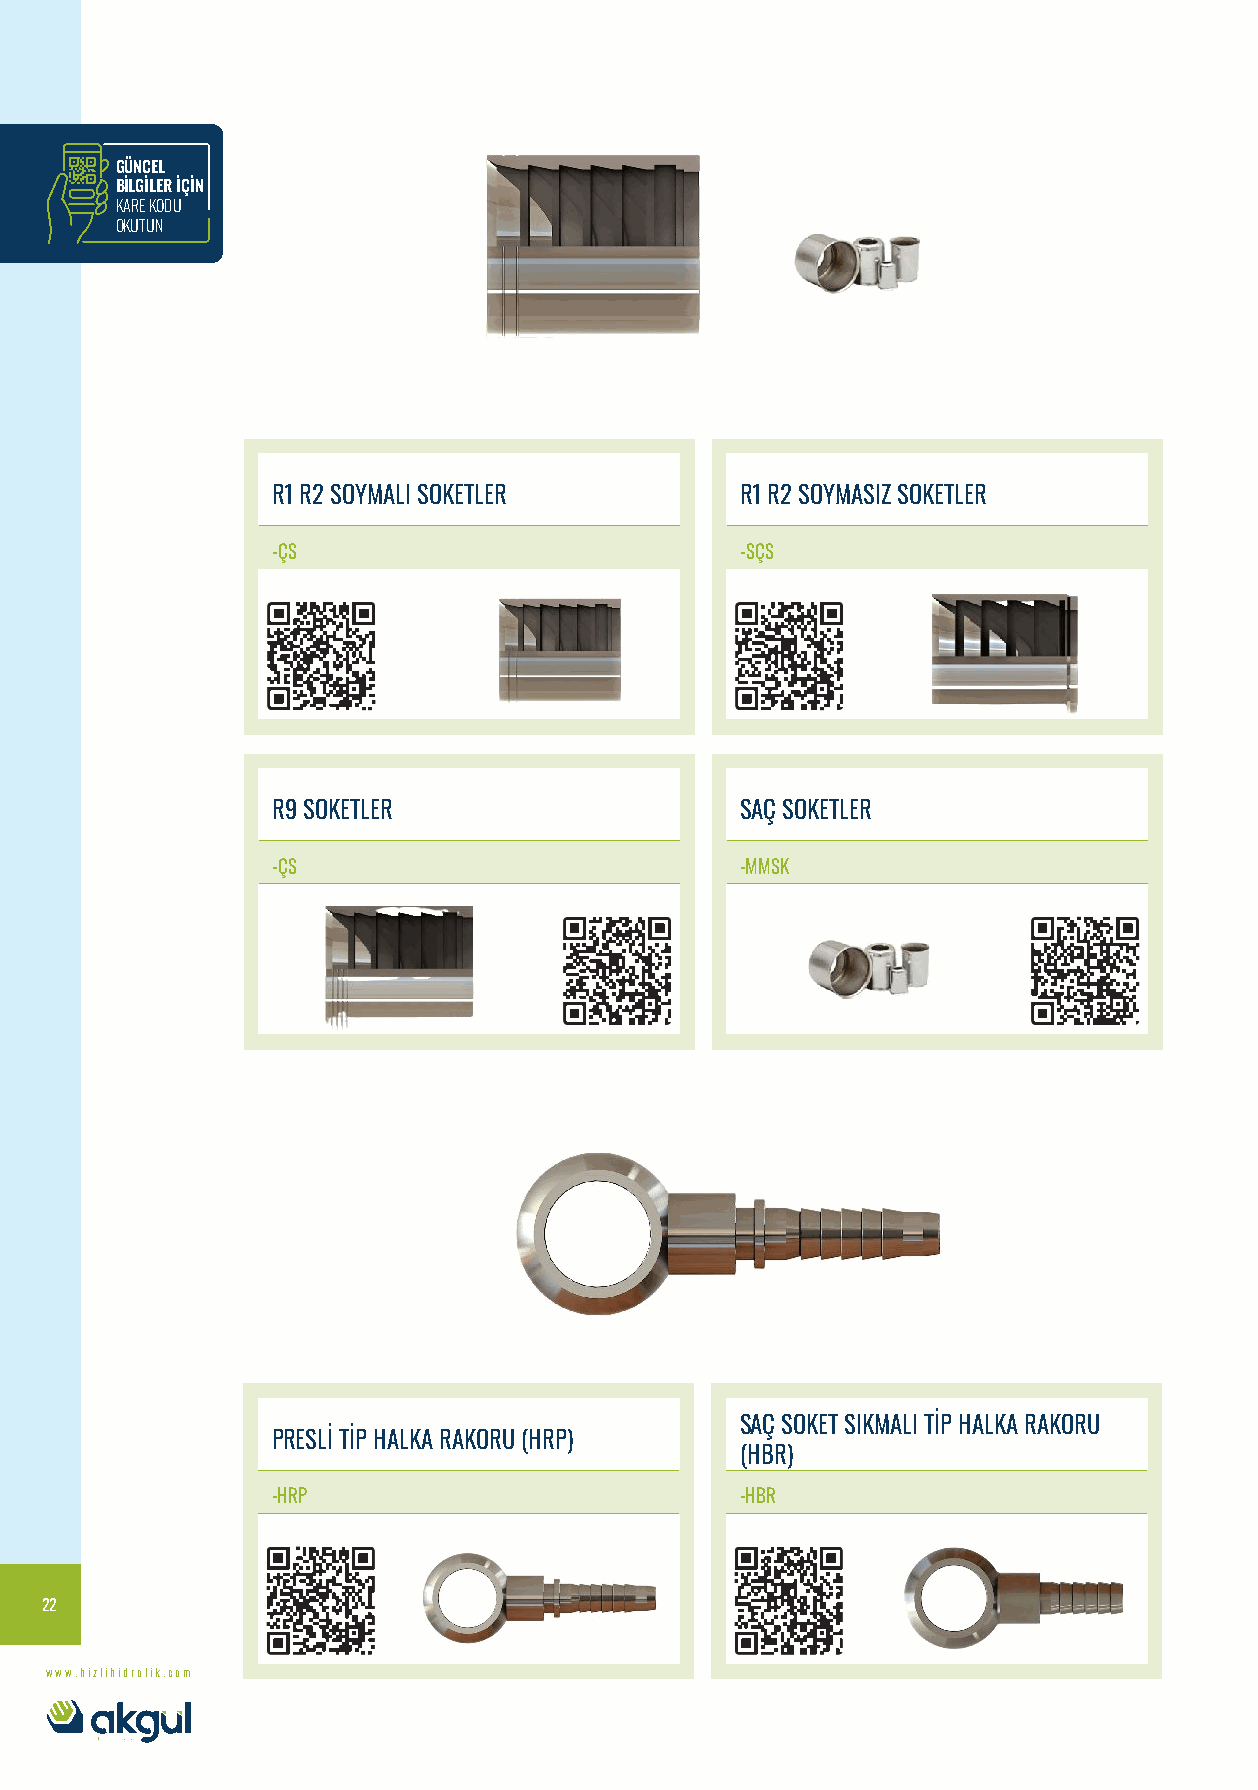
GÜNCEL
 BİLGİLER İÇİN
 KARE KODU
 OKUTUN
 R1 R2 SOYMALI SOKETLER         R1 R2 SOYMASIZ SOKETLER
 -ÇS                            -SÇS
 R9 SOKETLER                    SAÇ SOKETLER
 -ÇS                            -MMSK
 SAÇ SOKET SIKMALI TİP HALKA RAKORU
 PRESLİ TİP HALKA RAKORU (HRP)
 (HBR)
 -HRP                           -HBR
 22
 www.hizlihidrolik.com